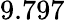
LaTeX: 9.797